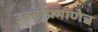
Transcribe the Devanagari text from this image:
उक्तीप्रमाणेच